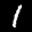
Label: 1